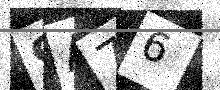
Text: 9A76